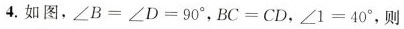
4.如图，$$∠ B = ∠ D = 9 0 °$$ , $$B C = C D$$， $$∠ 1= 4 0 °$$，则